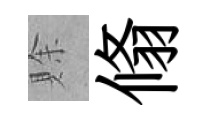
賖翛